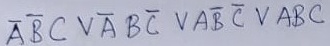
Text: ABCVABCVABCVABC